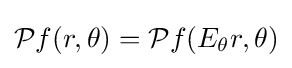
{\mathcal {P}}f(r,\theta )={\mathcal {P}}f(E_{\theta }r,\theta )